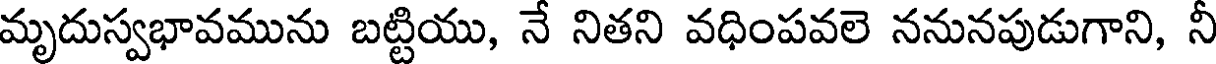
మృదుస్వభావమును బట్టియు, నే నితని వధింపవలె ననునపుడుగాని, నీ